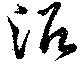
沿